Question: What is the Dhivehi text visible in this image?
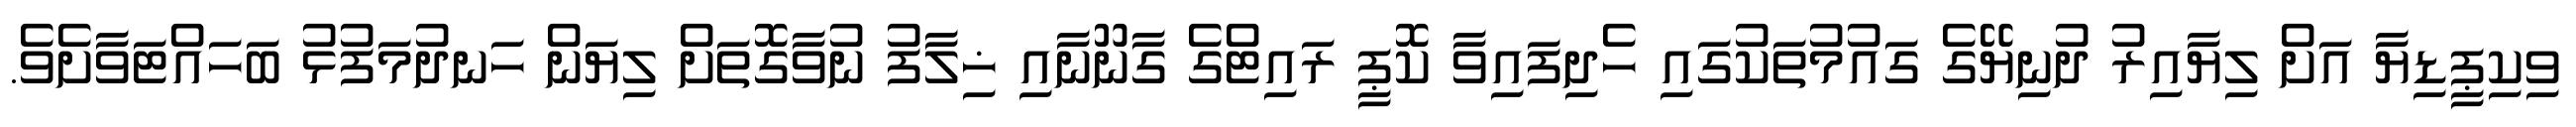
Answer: ވިކިޕީޑިޔާ އަށް ލިޔާއިރު ދުނިޔޭގެ ގައުމުތަކުގައި ހެދިފައިވާ ކޮޕީ ރައިޓްގެ ގާނޫނާއި ޚިލާފު ނުވާގޮތަށް ލިޔަން ހަނދުމަފުޅު ބަހައްޓަވާށެވެ.